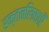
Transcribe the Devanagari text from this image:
रक्तनलिकाएँ